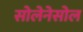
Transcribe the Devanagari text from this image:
सोलेनेसोल